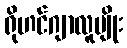
ရိုဟင်ဂျာလူမျိုး